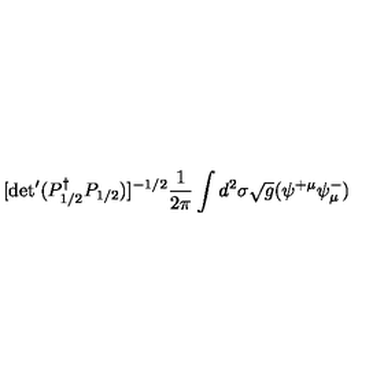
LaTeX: [ \mathrm { d e t } ^ { \prime } ( P _ { 1 / 2 } ^ { \dagger } P _ { 1 / 2 } ) ] ^ { - 1 / 2 } \frac { 1 } { 2 \pi } \int d ^ { 2 } \sigma \sqrt { g } ( \psi ^ { + \mu } \psi _ { \mu } ^ { - } )